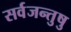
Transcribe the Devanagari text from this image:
सर्वजन्तुषु